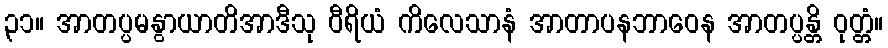
၃၁။ အာတပ္ပမနွာယာတိအာဒီသု ဝီရိယံ ကိလေသာနံ အာတာပနဘာဝေန အာတပ္ပန္တိ ဝုတ္တံ။